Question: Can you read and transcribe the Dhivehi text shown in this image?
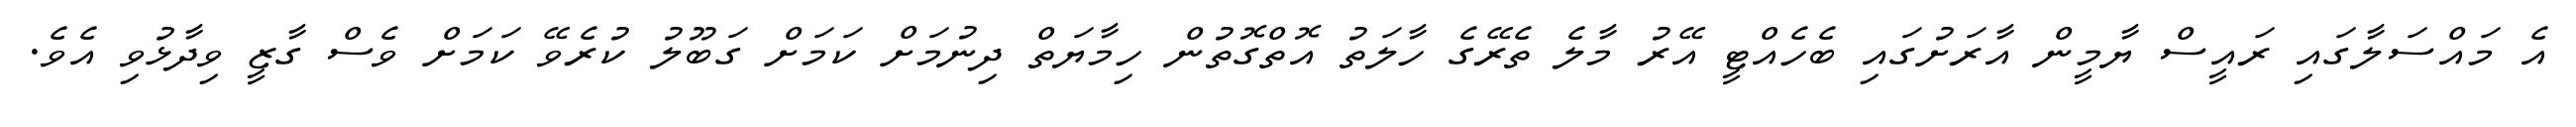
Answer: އެ މައްސަލާގައި ރައީސް ޔާމީން އާރަށުގައި ބެހެއްޓީ އޭރު މާލެ ތެރޭގެ ހާލަތު އޮތްގޮތުން ހިމާޔަތް ދިނުމަށް ކަމަށް ގަބޫލު ކުރެވޭ ކަމަށް ވެސް ގާޒީ ވިދާޅުވި އެވެ.